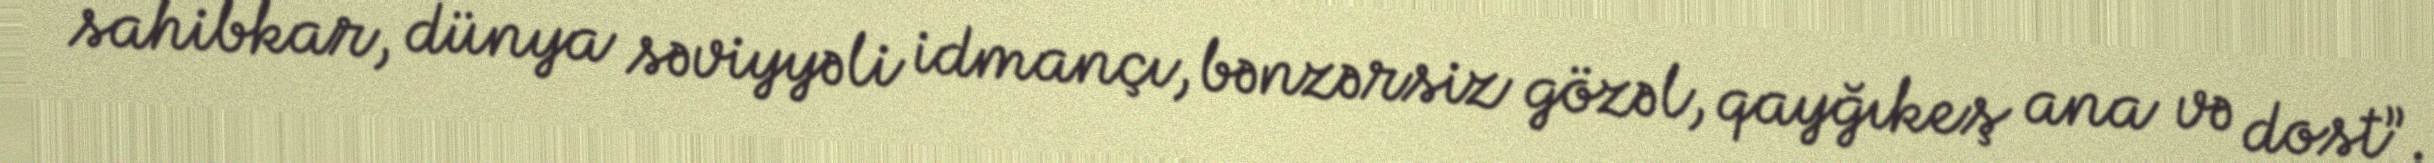
sahibkar, dünya səviyyəli idmançı, bənzərsiz gözəl, qayğıkeş ana və dost”.